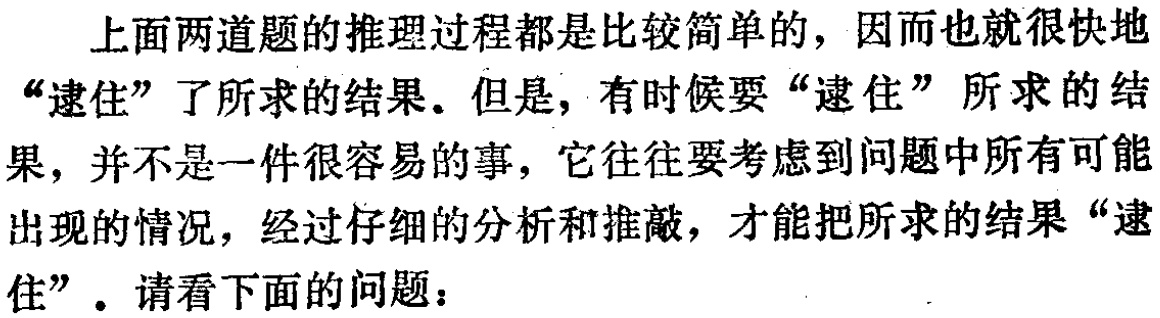
上面两道题的推理过程都是比较简单的，因而也就很快地“逮住”了所求的结果。但是，有时候要“逮住”所求的结果，并不是一件很容易的事，它往往要考虑到问题中所有可能出现的情况，经过仔细的分析和推敲，才能把所求的结果“逮住”。请看下面的问题：